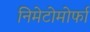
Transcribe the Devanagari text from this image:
निमेटोमोर्फा